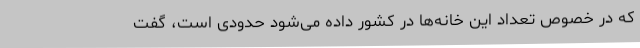
که در خصوص تعداد این خانه‌ها در کشور داده‌ می‌شود حدودی‌ است، گفت